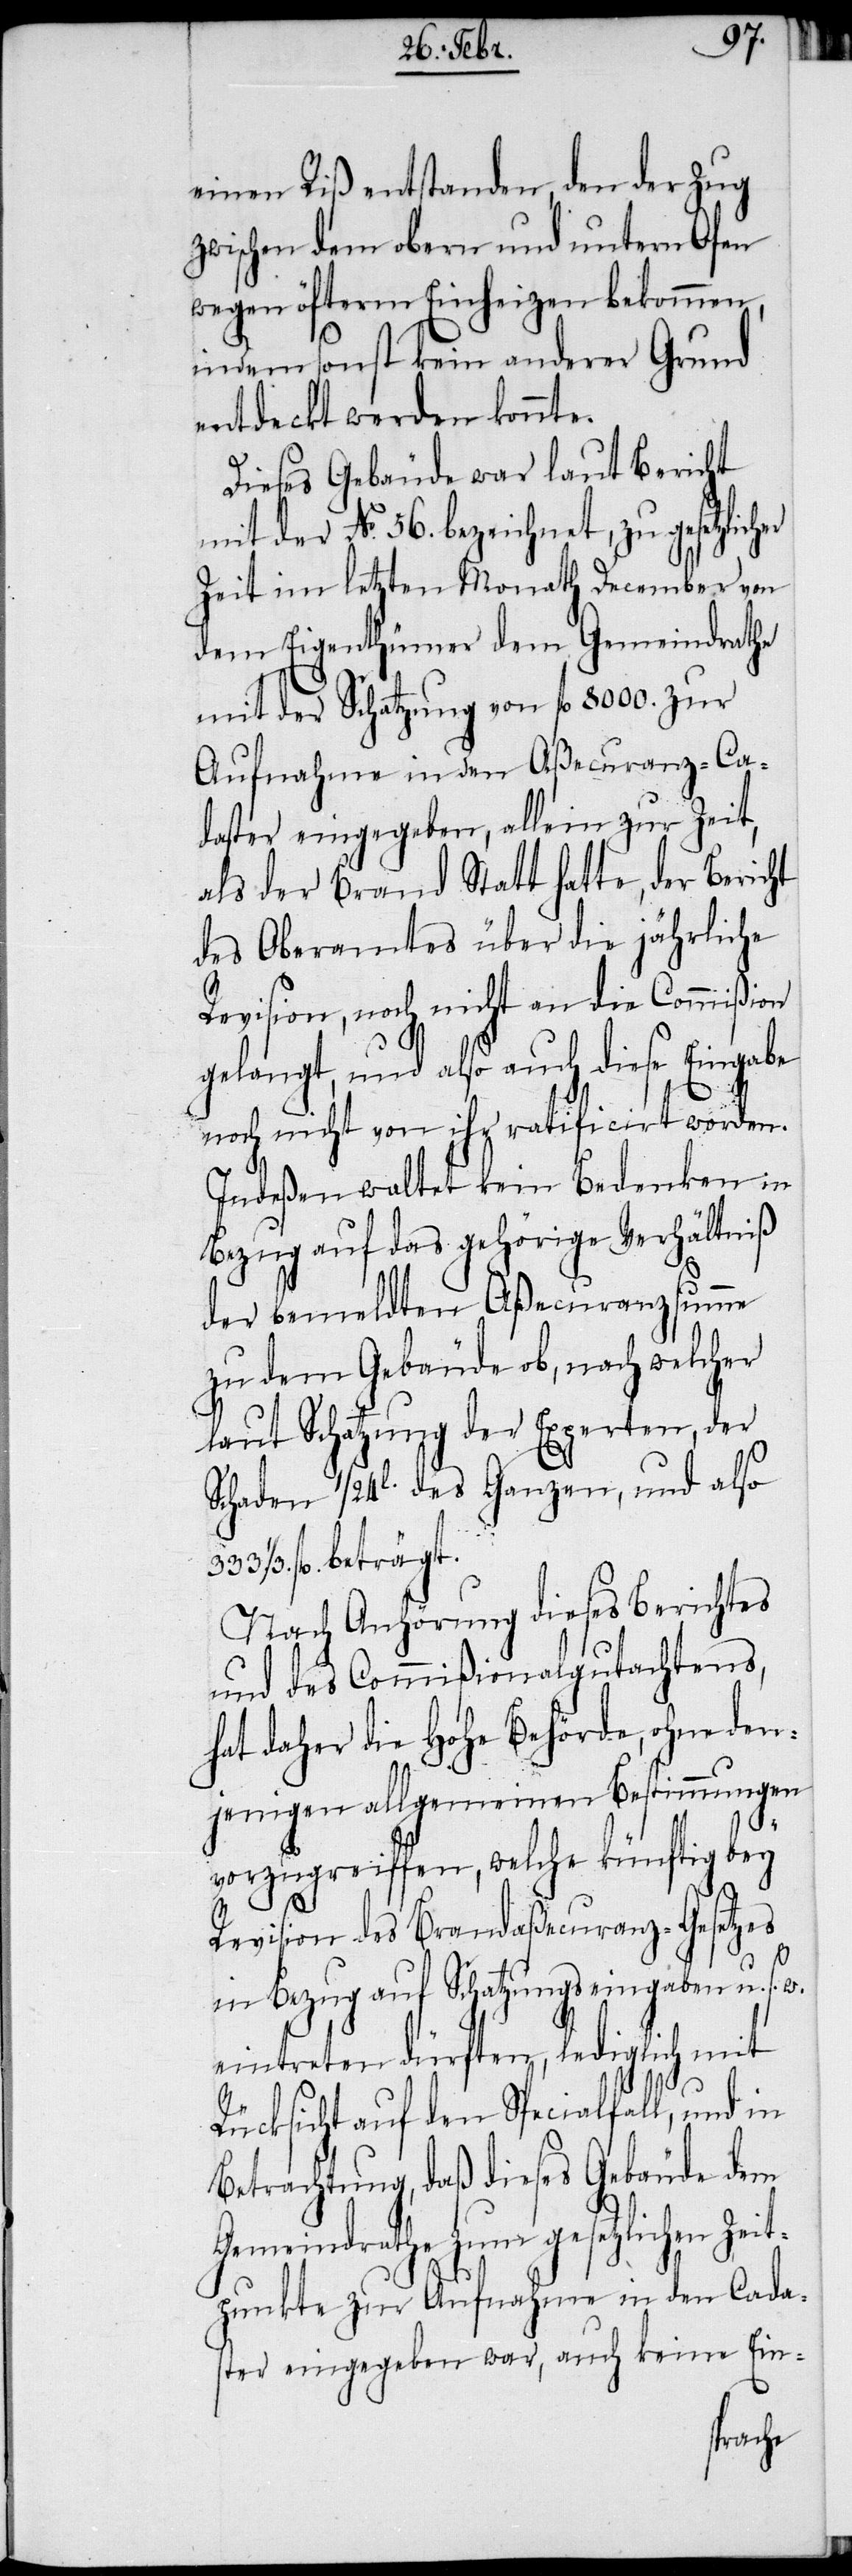
einen Riß entstanden, den der Zug
zwischen dem obern und untern Ofen
wegen öfterm Einheizen bekommen,
indem sonst kein anderer Grund
entdeckt werden konnte.
Dieses Gebäude war laut Bericht
mit der No. 56. bezeichnet, zu gesetzli¬
Zeit im letzten Monath December von
dem Eigenthümer dem Gemeindrathe
mit der Schatzung von fl 8000. zur
Aufnahme in den Aßecuranz-Ca¬
daster eingegeben, allein zur Zeit,
als der Brand Statt hatte, der Bericht
des Oberamtes über die jährliche
Revision, noch nicht an die Commißion
gelangt, und also auch diese Eingabe
noch nicht von ihr ratificirt worden.
Indeßen waltet kein Bedenken in
Bezug auf das gehörige Verhältniß
der bemeldten Aßecuranzsumme
zu dem Gebäude ob, nach welcher
laut Schatzung der Experten, der
Schaden 1/24l. des Ganzen, und also
1/3. fl. beträgt.
Nach Anhörung dieses Berichtes
und des Commißionalgutachtens,
hat daher die Hohe Behörde, ohne den¬
jenigen allgemeinen Bestimmungen
vorzugreiffen, welche künftig bey
Revision des Brandaßecuranz-Gesetzes
in Bezug auf Schatzungseingaben u. s. w.
eintreten dürften, lediglich mit
Rücksicht auf den Specialfall, und in
Betrachtung, daß dieses Gebäude dem
Gemeindrathe zum gesetzlichen Zeit¬
cher
punkte zur Aufnahme in den Cadas¬
ter eingegeben war, auch keine Ein-